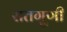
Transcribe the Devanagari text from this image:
सतगुणी